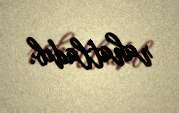
rahatladıb.